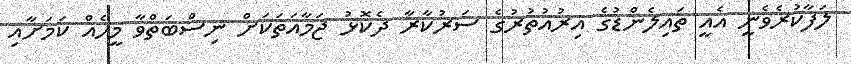
ލަފާކުރެވެނީ އެއީ ތައިލެންޑުގެ އިރުއުތުރުގެ ސަރުކާރާ ދެކޮޅު ޖަމާއަތަަަކަށް ނިސްބަތްވާ މީހެއް ކަމަށާއި